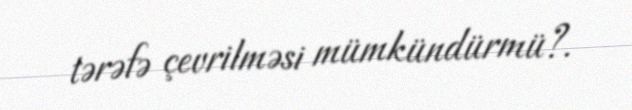
tərəfə çevrilməsi mümkündürmü?.